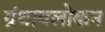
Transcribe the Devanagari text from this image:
ग्रंथावलोकन